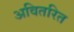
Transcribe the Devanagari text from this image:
अवितरित